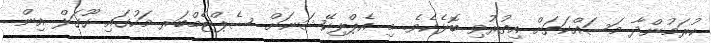
ކުރަމުންދާ މަސައްކަތަށް އިތުރުވި ބޮޅެކެވެ. މި އެޕްލިކޭޝަނަށް ސެޕްޓެމްބަރ މަހުގައި ގޫގަލް އިން